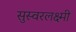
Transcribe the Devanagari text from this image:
सुस्वरलक्ष्मी